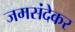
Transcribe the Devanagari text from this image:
जमसंदेकर